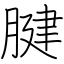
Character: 腱